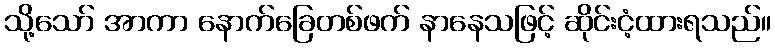
သို့သော် အာကာ နောက်ခြေတစ်ဖက် နာနေသဖြင့် ဆိုင်းငံ့ထားရသည်။